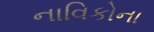
નાવિકોના